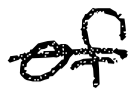
Text: of
Cross-out: single-line
Writing tool: digital_black